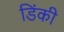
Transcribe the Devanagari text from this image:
डिंकी